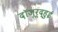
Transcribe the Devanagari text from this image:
दॉजूर्द्हुई